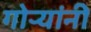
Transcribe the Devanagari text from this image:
गोऱ्यांनी